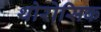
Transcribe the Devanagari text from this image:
थोरोसिक